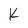
Character: K